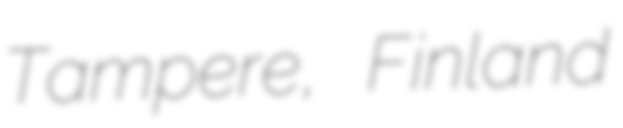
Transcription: Tampere, Finland